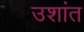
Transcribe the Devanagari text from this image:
उशांत